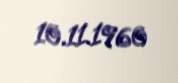
10.11.1960